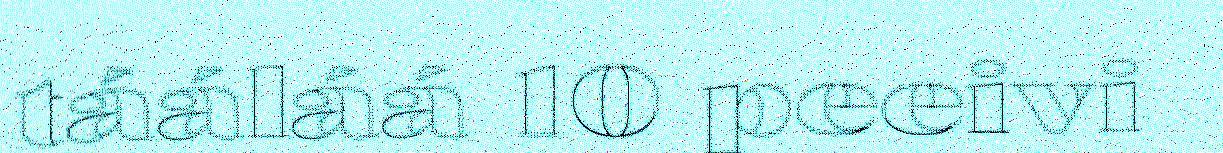
tááláá 10 peeivi